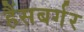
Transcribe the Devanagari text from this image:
हैंसबर्गर